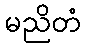
မညိတံ